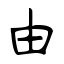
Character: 由